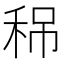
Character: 𥞡